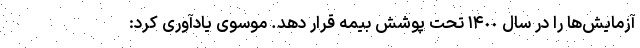
آزمایش‌ها را در سال ١۴٠٠ تحت پوشش بیمه قرار دهد. موسوی یادآوری کرد: